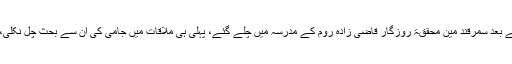
مولانا جامی اِس کے بعد سمرقند مین محققۃ روزگار قاضی زادہ روم کے مدرسہ میں چلے گئے، پہلی ہی ملاقات میں جامی کی اُن سے بحث چل نکلی، جو طول پکڑ گئی۔